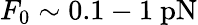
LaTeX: F_{0}\sim 0.1-1~\mathrm{pN}